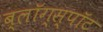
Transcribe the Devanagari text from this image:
ब्लॉग्स्पॉट